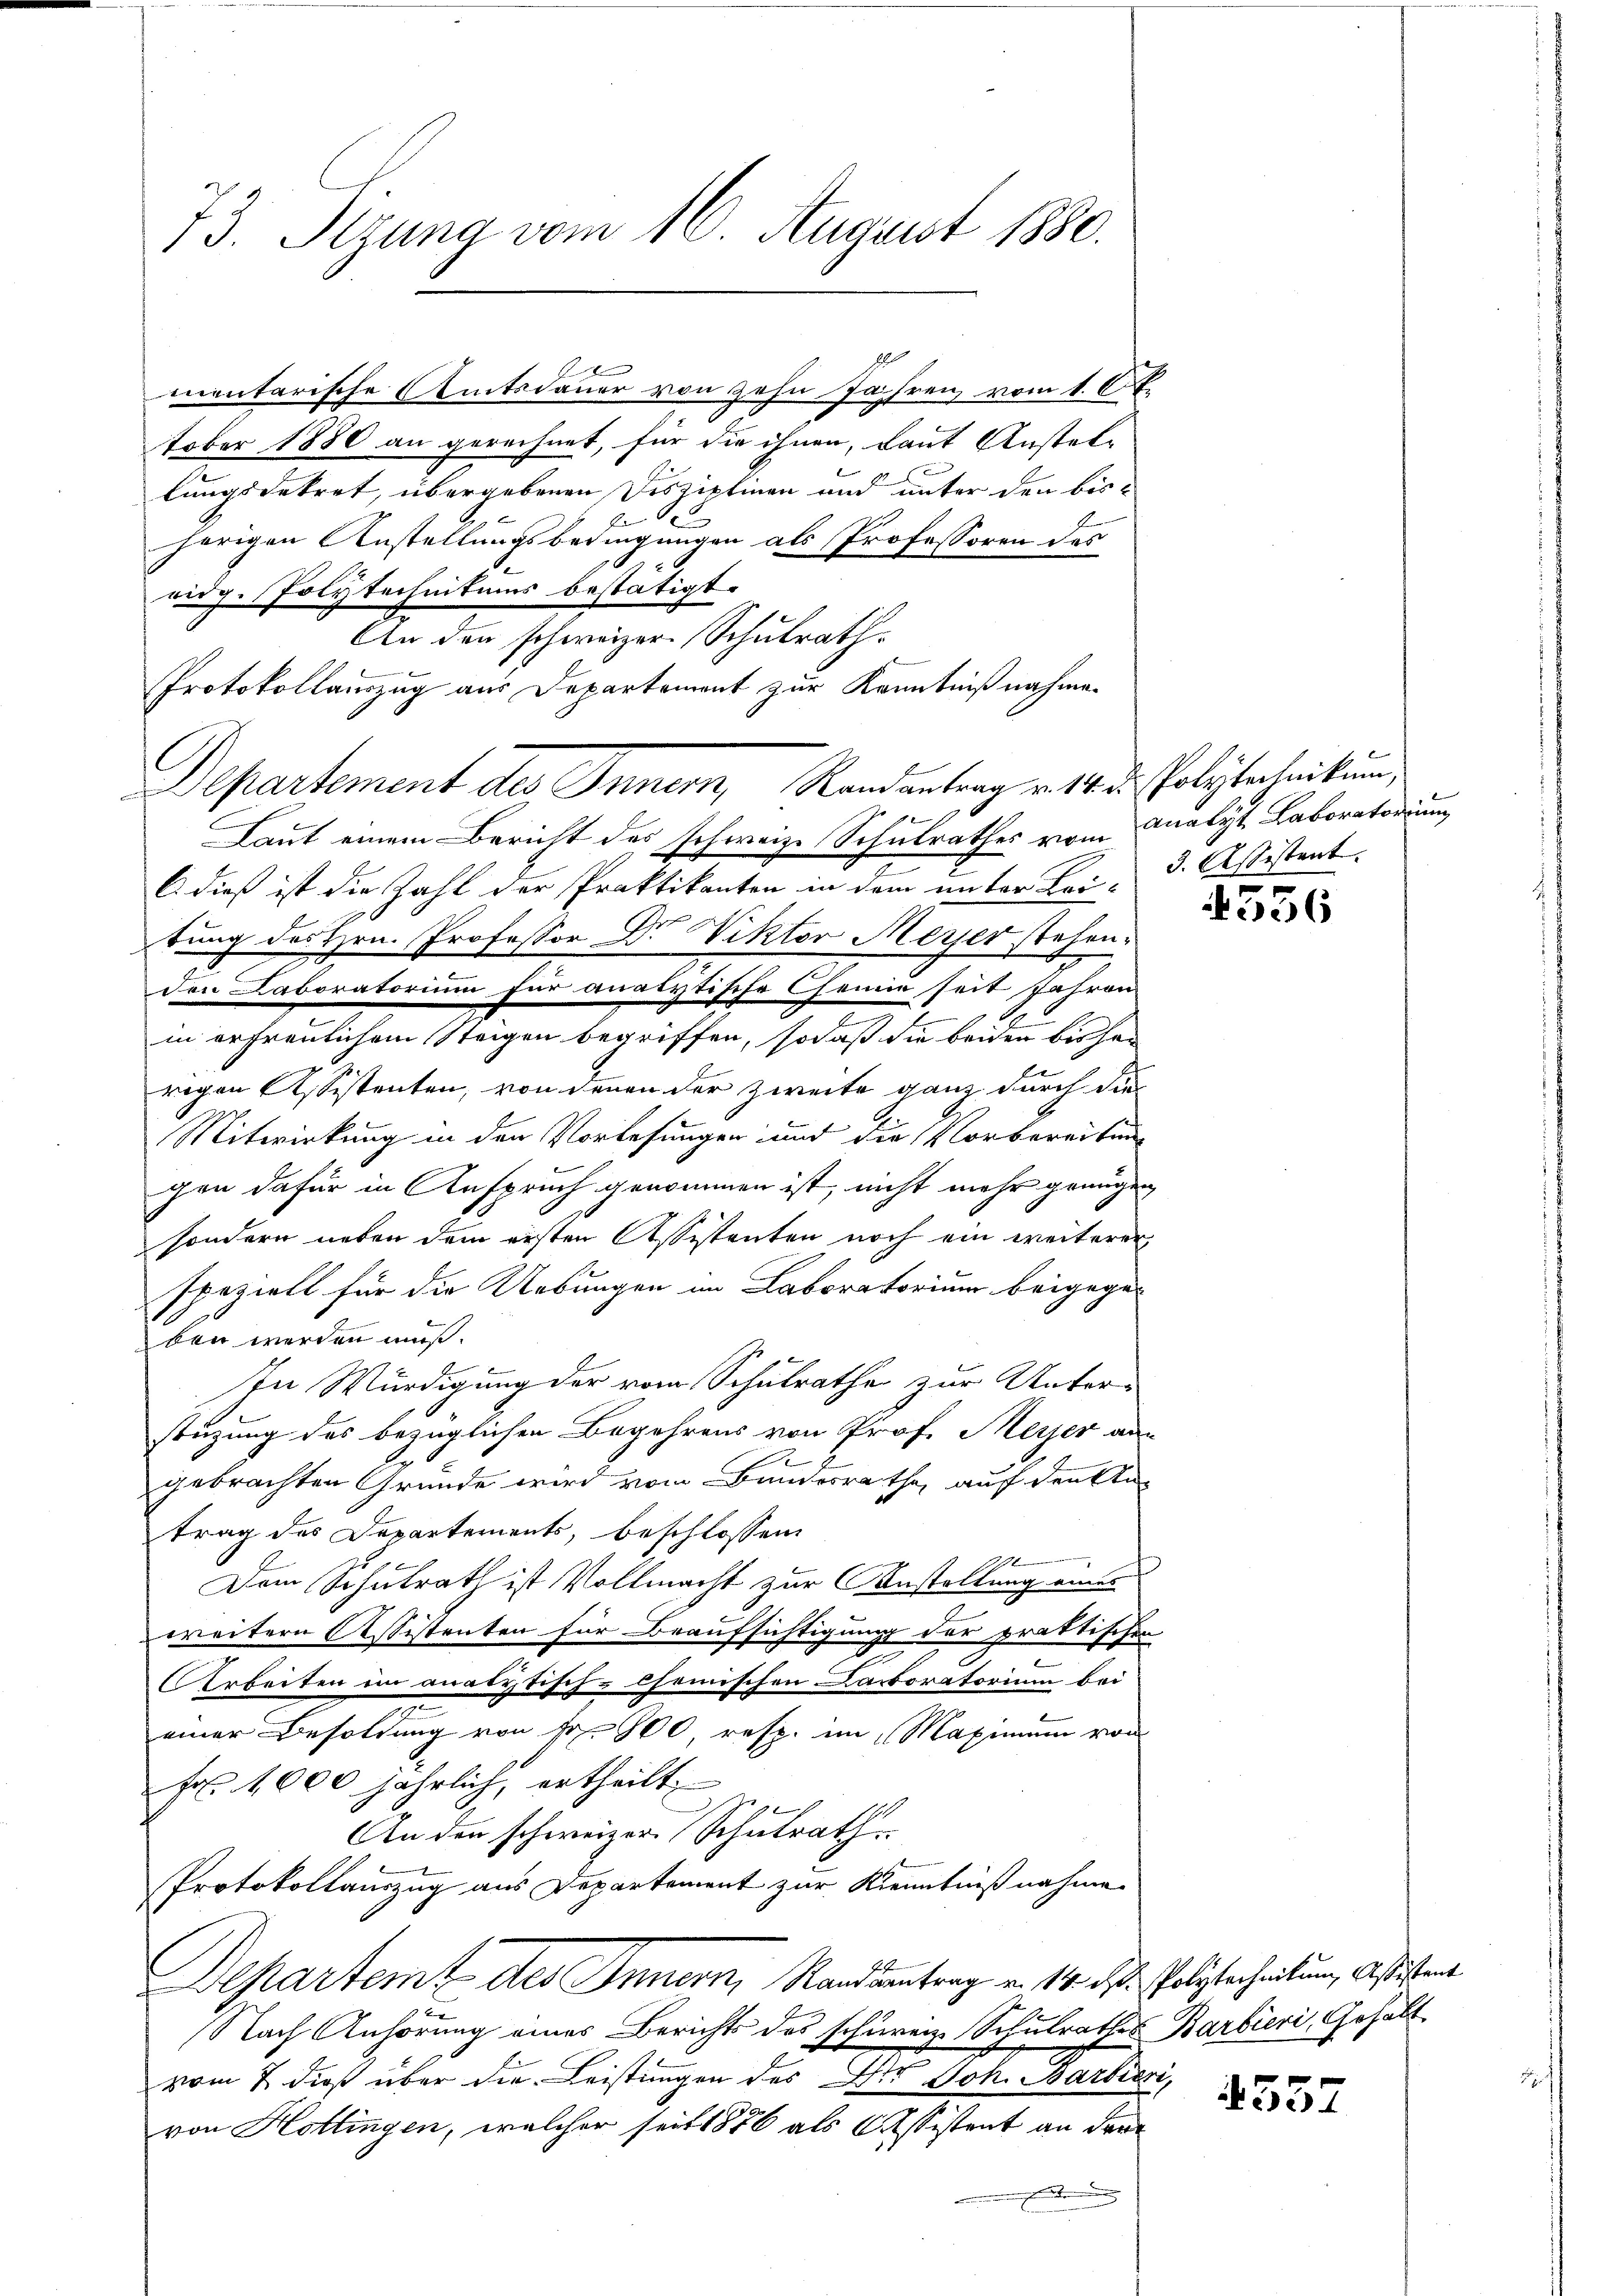
73. Setzung vom 16. August 1880.

tober 1880 an gerechnet, für die ihnen, baut Anstellungsdekret, übergebenen Disziplinen und unter den bisherigen Anstellungsbedingungen als Professoren des
ridg. Polytechnikums bestätigt.
An den schweizer. Schulrath.
Laut einem Bericht des schweiz. Schulrathes vom Analyt, Laboratorium
C. dieß ist die Zahl der Praktikanton in dem unter Lei¬
E
tung des Hrn. Professor Dr. Viktor Meyer stehen.
den Laboratorium für analytische Chemie seit Jahren
in erfreulichem Steigen begriffen, sodaß die beiden bisher
rogen Assistenten, von denen der zweite ganz durch die
Mitwirkung in den Vorlesungen und die Vorbereitung
gen dafür in Anspruch genommen ist, nicht mehr genügen
sondern neben dem ersten Assistenten noch ein weiterer
speziell für die Uebungen im Laboratorium beigegeben werden muß.
In Würdigung der vom Schulrathe zur Unterstüzung des bezüglichen Begehrens von Prof. Meyer aus
gebrachten Grunde wird vom Bundesrathe, auf den An-
trag des Departements, beschlossen
Dem Schulrath ist Vollmacht zur Anstellung eines
weitern Assistenten für Beaufsichtigung der praktischen
e
AArbeiten im analytisch-chemischen Carboratorium bei
7
einer Besoldung von Fr. 800 resp. im Maximum von
Fr. 4000 jährlich, ertheilt;
An den schweizer Schulrath
Protokollauszug aus Departement zur Kenntnißnahmen
Departeme des Innern, Randsantrag v. 14. d. d. Politerheitung, Aßistent
Nach Anhörung eines Berichts des schreiz-Schulrathes Barbieri, Gehält
vom 7. dieß über die Leistungen des der Joh. Martieri,
von Hollingen, welcher seit 1886 als Cassistent an der

mentarische Amtsdauer von zehn Jahren vom 1. Oct.

Protokollauszug aus Departement zur Kenntnißnahmen
Departement des Inner, Randantrag v. 10. d. Polytechnikum,

3. Assistent.

4556

4557